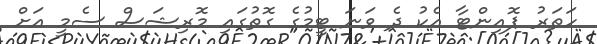
ހަތަރު ޕޮއިންޓާ އެކު ދެ ވަނަ ޓީމުގެ ގޮތުގައި މޮރިޝަސް ސެމީ އަށް